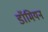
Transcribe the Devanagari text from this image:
डॉमियन